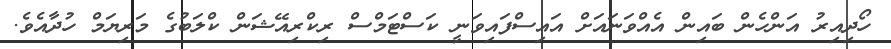
ހޯދިއިރު އަންހެން ބައިން އެއްވަނައަށް އައިސްފައިވަނީ ކަސްޓަމްސް ރިކްރިއޭޝަން ކްލަބުގެ މަރިޔަމް ހުދާއެވެ.